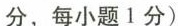
分，每小题1分)